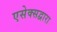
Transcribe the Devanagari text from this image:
एसेक्सद्वारा